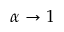
\alpha \to 1